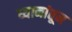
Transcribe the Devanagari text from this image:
ध्यानांतून